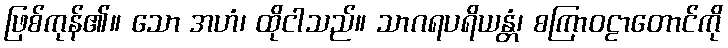
ဖြစ်ကုန်၏။ သော အဟံ၊ ထိုငါသည်။ သာဂရပရိယန္တံ၊ စကြာဝဠာတောင်ကို